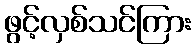
ဖွင့်လှစ်သင်ကြား